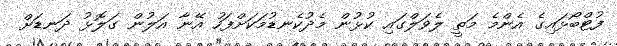
ފުޓްބޯޅައިގެ އެންމެ މަތީ ލެވަލްގައި ކުޅުން މެދުކެނޑުމަކަށްފަހު އޭނާ އަލުން ގަލޮޅު ދަނޑަށް